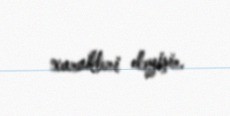
xarakteri dəyişir.